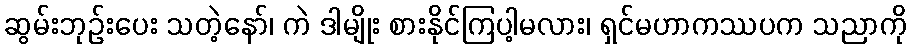
ဆွမ်းဘုဉ်းပေး သတဲ့နော်၊ ကဲ ဒါမျိုး စားနိုင်ကြပါ့မလား၊ ရှင်မဟာကဿပက သညာကို